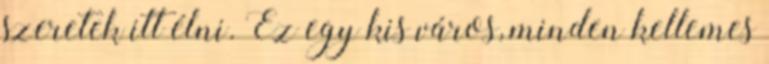
szeretek itt élni. Ez egy kis város, minden kellemes